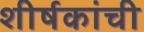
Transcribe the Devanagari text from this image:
शीर्षकांची